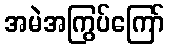
အမဲအကြွပ်ကြော်